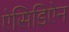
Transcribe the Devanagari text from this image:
ऐसिडिऐन